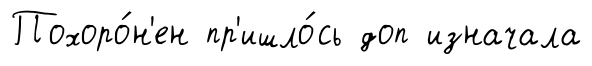
Похоро́н'ен пр'ишло́сь доп изначала